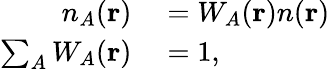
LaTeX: \begin{array}{rl}{n_{A}(\mathbf{r})}&{{}=W_{A}(\mathbf{r})n(\mathbf{r})}\\ {\sum_{A}W_{A}(\mathbf{r})}&{{}=1,}\end{array}